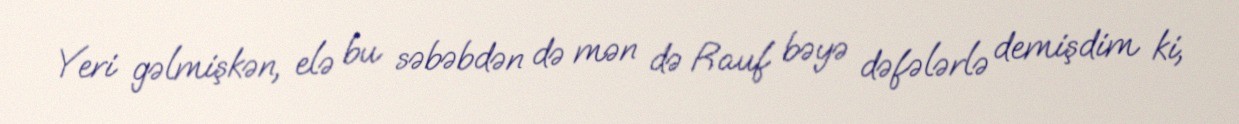
Yeri gəlmişkən, elə bu səbəbdən də mən də Rauf bəyə dəfələrlə demişdim ki,